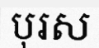
បុរស